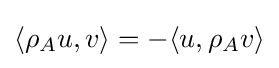
\langle \rho _{A}u,v\rangle =-\langle u,\rho _{A}v\rangle